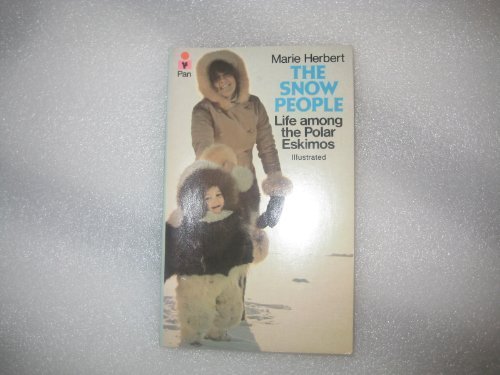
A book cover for The Snow People: Life Among the Polar Eskimos; Marie Herbert; History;